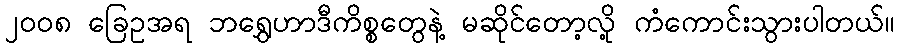
၂၀၀၈ ခြေဥအရ ဘရွှေဟာဒီကိစ္စတွေနဲ့ မဆိုင်တော့လို့ ကံကောင်းသွားပါတယ်။